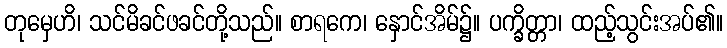
တုမှေဟိ၊ သင်မိခင်ဖခင်တို့သည်။ စာရကေ၊ နှောင်အိမ်၌။ ပက္ခိတ္တာ၊ ထည့်သွင်းအပ်၏။